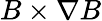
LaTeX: B\times\nabla B